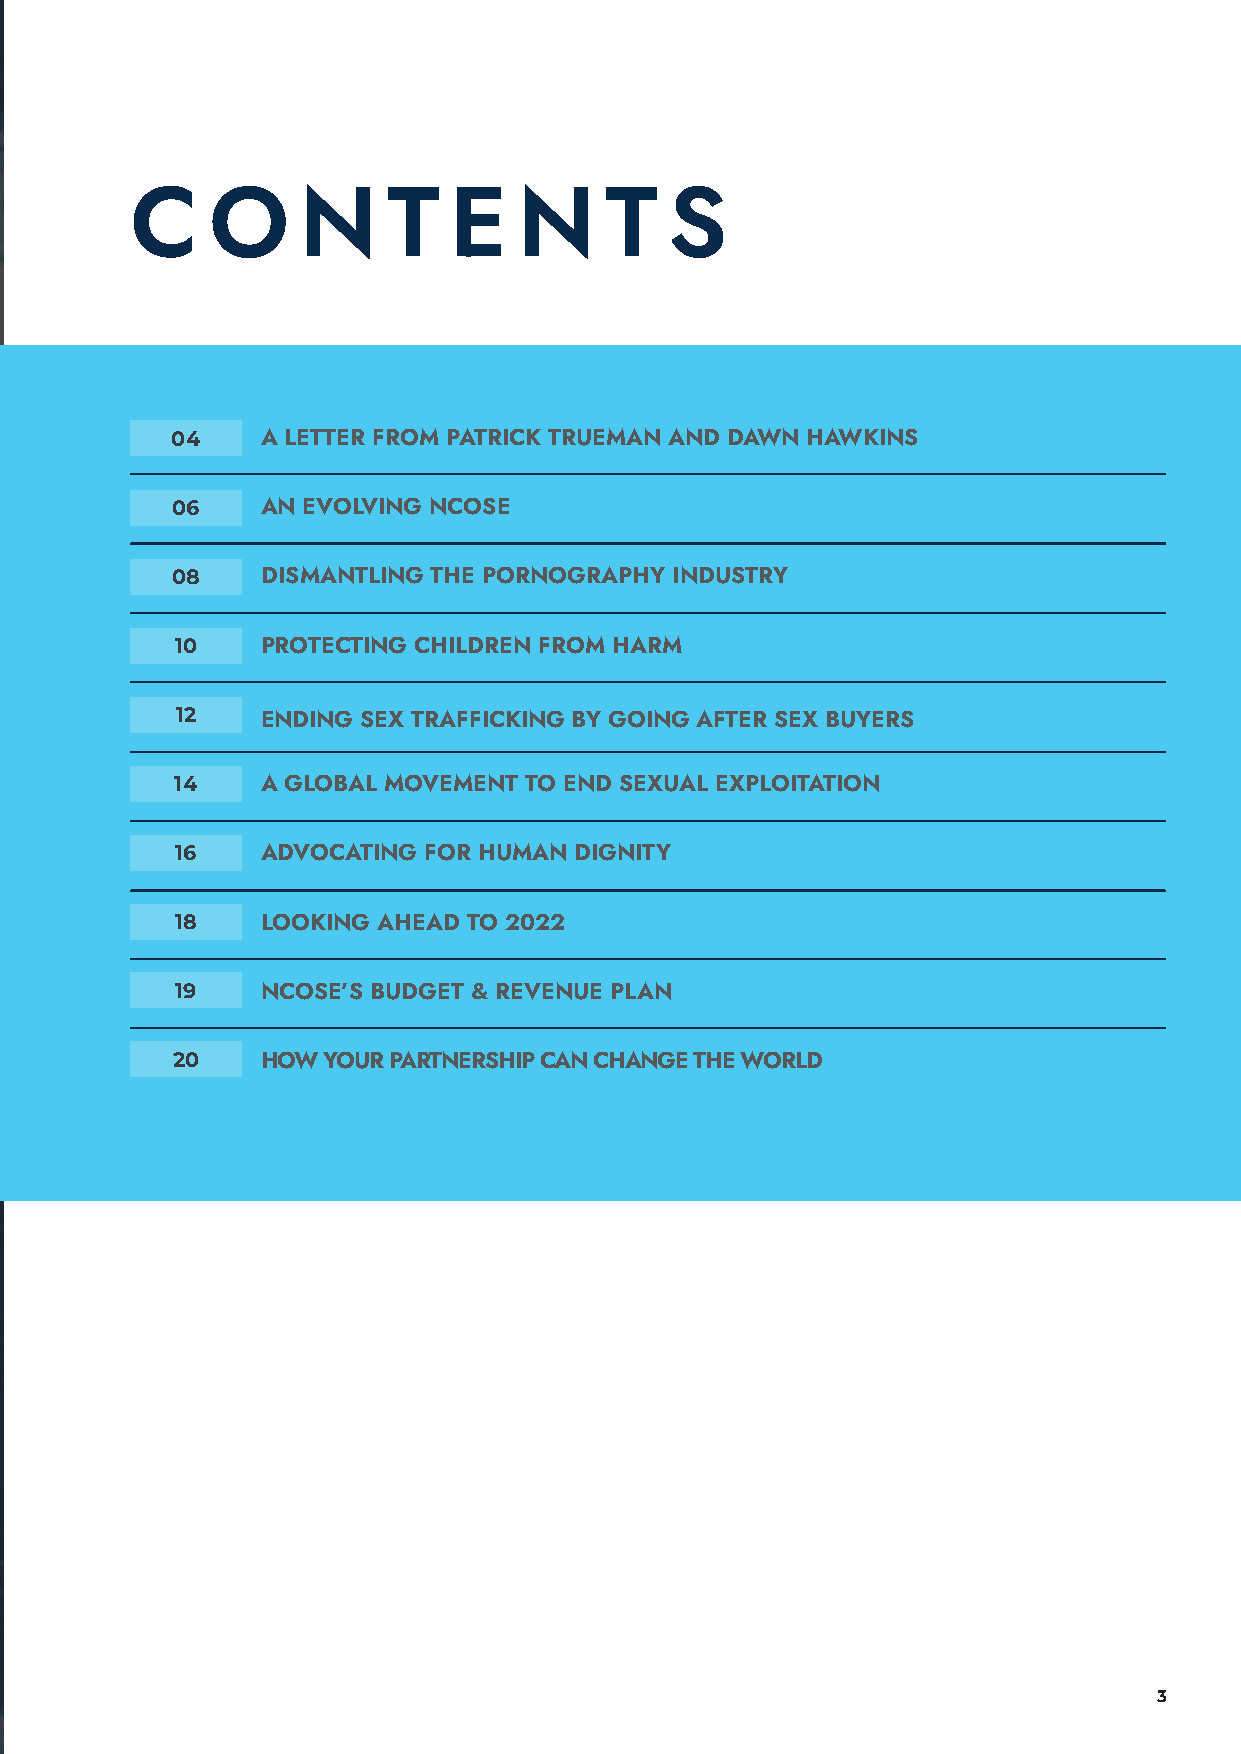
C    O     N     T   E   N     T   S
 04    A LETTER FROM PATRICK TRUEMAN AND DAWN HAWKINS
 06    AN EVOLVING NCOSE
 08    DISMANTLING THE PORNOGRAPHY INDUSTRY
 10   PROTECTING CHILDREN FROM HARM
 12   ENDING SEX TRAFFICKING BY GOING AFTER SEX BUYERS
 14   A GLOBAL MOVEMENT TO END SEXUAL EXPLOITATION
 16   ADVOCATING FOR HUMAN DIGNITY
 18   LOOKING AHEAD TO 2022
 19   NCOSE’S BUDGET & REVENUE PLAN
 20    HOW YOUR PARTNERSHIP CAN CHANGE THE WORLD
 3